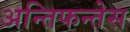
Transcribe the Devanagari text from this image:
अन्तिफन्तेस